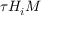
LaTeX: \tau H _ { i } M